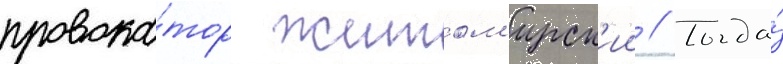
провока́тор житом'ирск'ии // Тогда́